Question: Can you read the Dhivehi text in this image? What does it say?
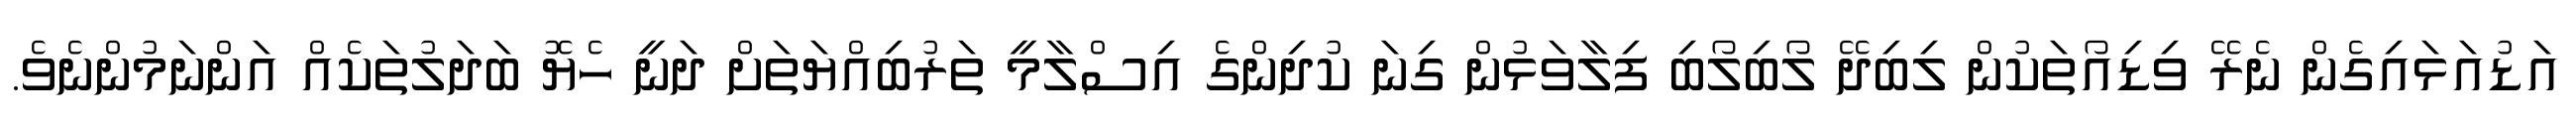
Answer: އަޑުއަޅައިގެން ނެރޭ ވިޑިއޯތަކުން ލިބިދޭ ލޯބިލޯބި ފިލާވަޅުން ގިނަ ކުދިންގެ އިސްލާމީ ތަރުބިއްޔަތަށް ދަނީ ހެޔޮ ބަދަލުތަކެއް އަންނަމުންނެވެ.